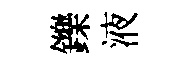
鑠液